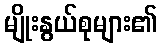
မျိုးနွယ်စုများ၏